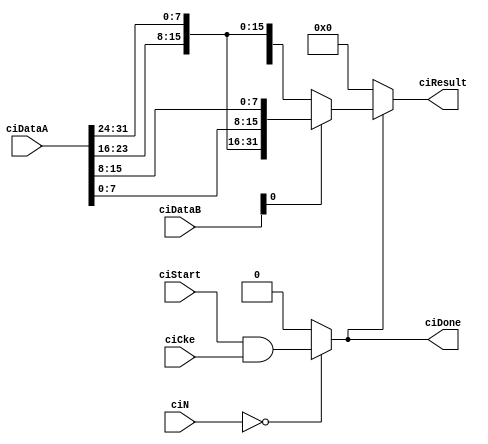
`default_nettype none 
module swapByte #(parameter [7:0]  customIntructionNr = 8'd0)
                 (input wire [7:0]   ciN,
                  input wire [31:0]  ciDataA,
                                     ciDataB,
                  input wire         ciStart,
                                     ciCke,
                  output wire        ciDone,
                  output wire [31:0] ciResult);

  wire s_isMyCustomInstruction = (ciN == customIntructionNr) ? ciStart & ciCke : 1'b0;
  
  wire [31:0] s_swappedData = (ciDataB[0] == 1'b0) ? {ciDataA[7:0], ciDataA[15:8], ciDataA[23:16], ciDataA[31:24]} :
                                                     {ciDataA[23:16], ciDataA[31:24], ciDataA[7:0], ciDataA[15:8]};

  assign ciDone = s_isMyCustomInstruction;
  assign ciResult = (s_isMyCustomInstruction == 1'b1) ? s_swappedData : 32'd0;

endmodule